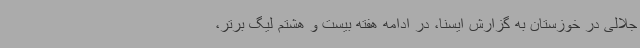
جلالی در خوزستان به گزارش ایسنا، در ادامه هفته بیست و هشتم لیگ برتر،